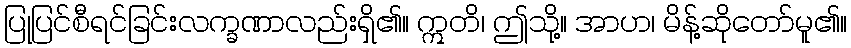
ပြုပြင်စီရင်ခြင်းလက္ခဏာလည်းရှိ၏။ ဣတိ၊ ဤသို့။ အာဟ၊ မိန့်ဆိုတော်မူ၏။